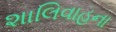
શાલિવાહના